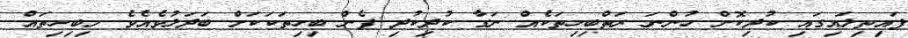
ފައިތިލައިގައި ކުދިކޮށް ހުންނަ ރަތްބިހިތަކެއް ނަގާ ކުދިކުދި ފެން ބިހިތަކަކަށް ބަދަލުވެއެވެ. މިބިހިތައް